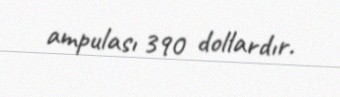
ampulası 390 dollardır.